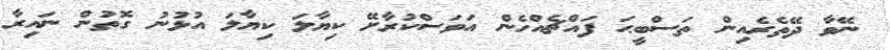
ނޭވާ ދޭތެރެއިން ތަސްބީޙަ ފައްޗެއްހެން އަވަސްކުރާށޭ ކިޔާލަ ކިޔާލަ އުޅުނު ގޮތުން ނައިރާ